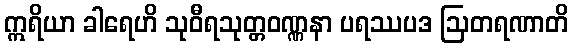
ဣရိယာ ခါရေဟိ သုဝီရသုတ္တဝဏ္ဏနာ ပရဿပဒ ဩတရဏာတိ